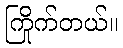
ကြိုက်တယ်။